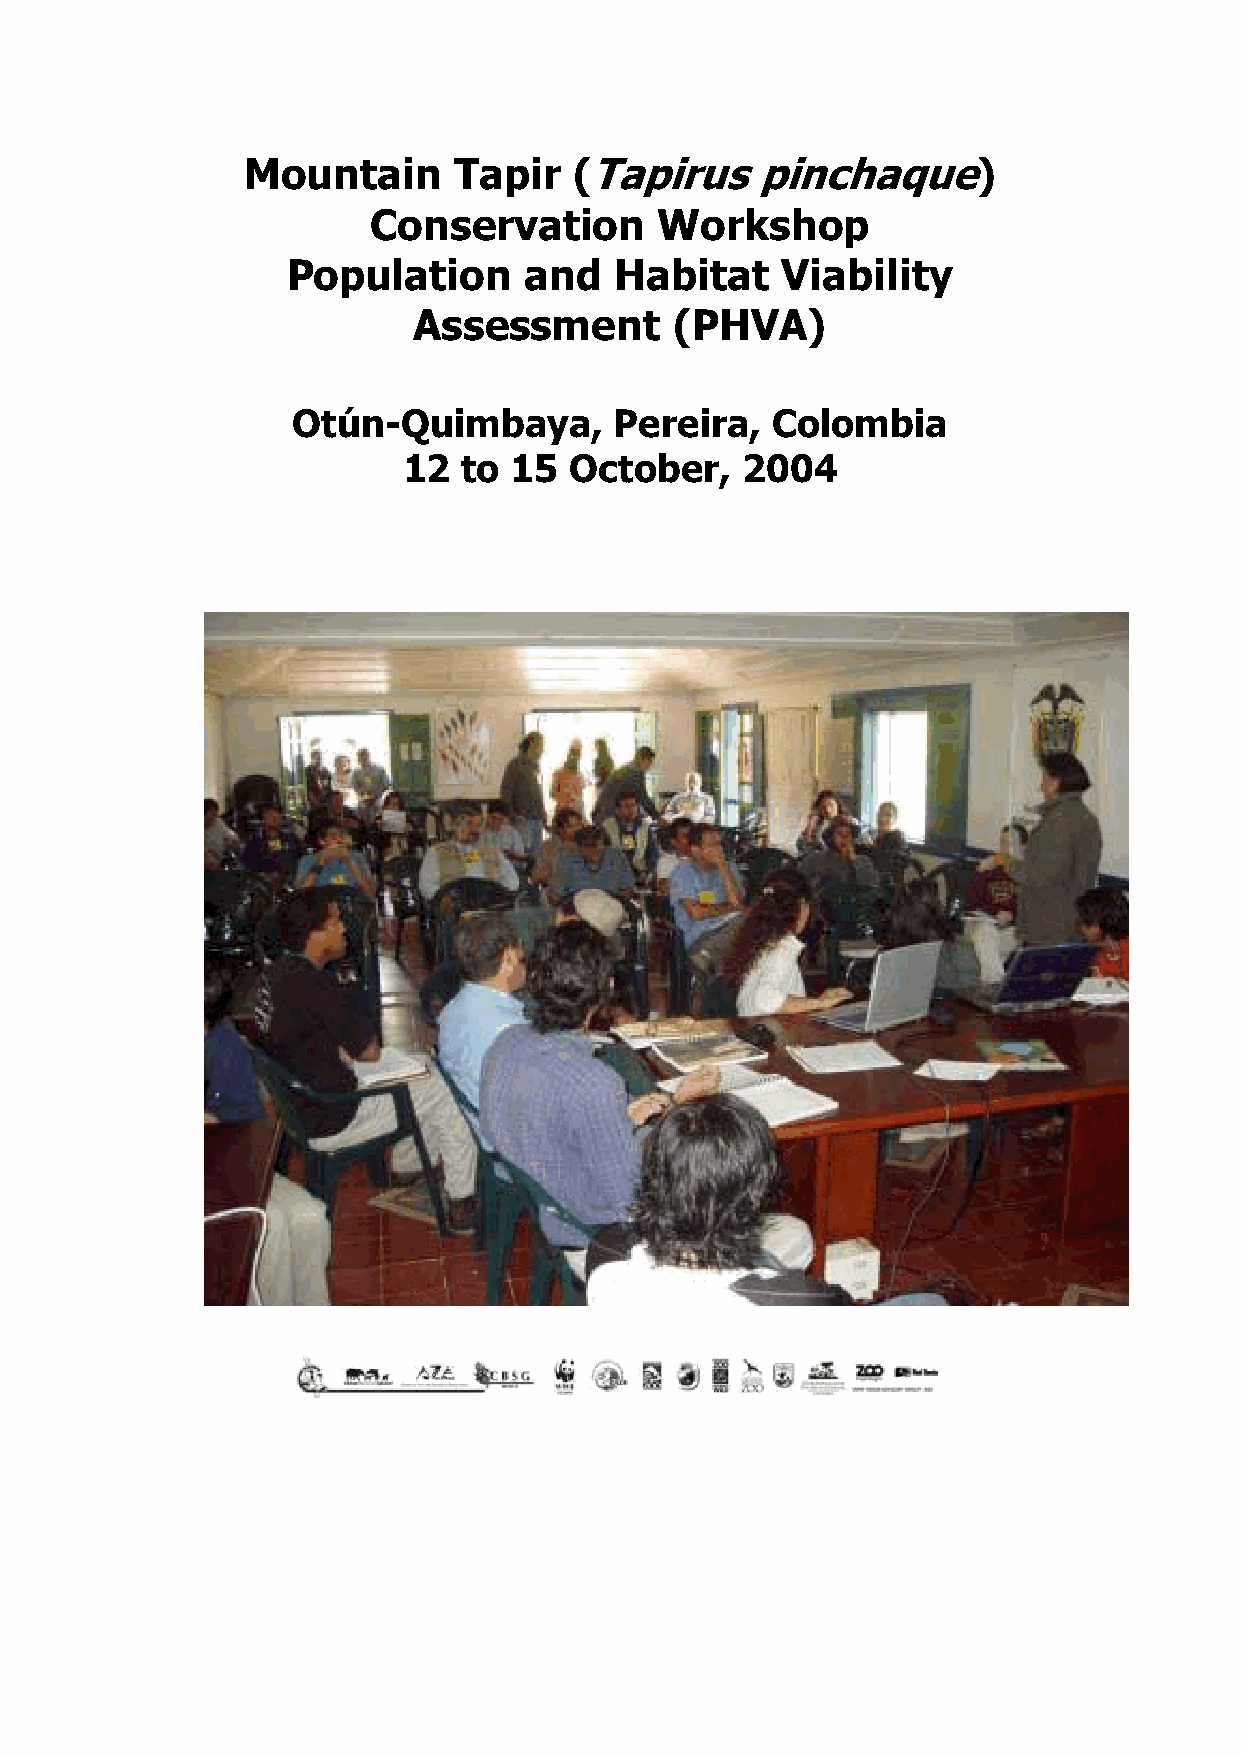
Mountain      Tapir   (Tapirus    pinchaque)
 Conservation       Workshop
 Population      and   Habitat    Viability
 Assessment        (PHVA)
 Otún-Quimbaya,        Pereira,  Colombia
 12  to 15  October,   2004